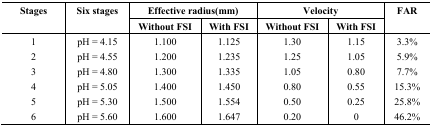
| <ROWSPAN=2> Stages | <ROWSPAN=2> Six stages | <COLSPAN=2> Effective radius(mm) | <COLSPAN=2> Velocity | <ROWSPAN=2> FAR |
 | Without FSI | With FSI | Without FSI | With FSI |
 | --- | --- | --- | --- | --- | --- | --- |
 | 1 | pH = 4.15 | 1.100 | 1.125 | 1.30 | 1.15 | 3.3% |
 | 2 | pH = 4.55 | 1.200 | 1.235 | 1.25 | 1.05 | 5.9% |
 | 3 | pH = 4.80 | 1.300 | 1.335 | 1.05 | 0.80 | 7.7% |
 | 4 | pH = 5.05 | 1.400 | 1.450 | 0.80 | 0.55 | 15.3% |
 | 5 | pH = 5.30 | 1.500 | 1.554 | 0.50 | 0.25 | 25.8% |
 | 6 | pH = 5.60 | 1.600 | 1.647 | 0.20 | 0 | 46.2% |